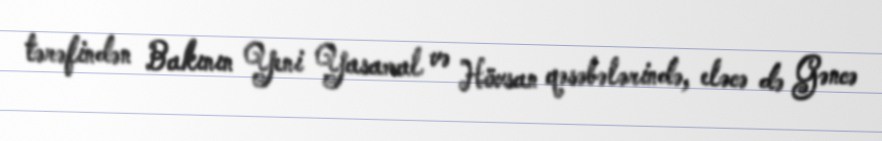
tərəfindən Bakının Yeni Yasamal və Hövsan qəsəbələrində, eləcə də Gəncə